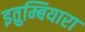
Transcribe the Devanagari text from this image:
इतुम्बियारा